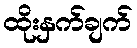
ထိုးနှက်ချက်